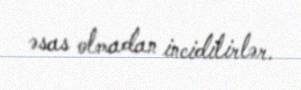
əsas olmadan incidilirlər.